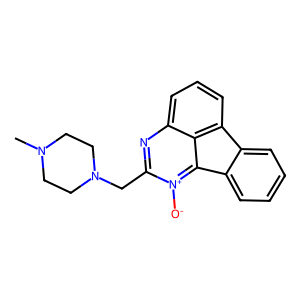
SMILES: CN1CCN(Cc2nc3cccc4c3c([n+]2[O-])-c2ccccc2-4)CC1
Inhibits HIV replication: No